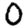
Digit: 0